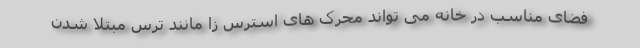
فضای مناسب در خانه می تواند محرک های استرس زا مانند ترس مبتلا شدن